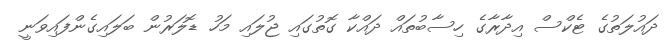
ދައުލަތުގެ ޓެކްސް އިދާރާގެ ހިސާބުތައް ދައްކާ ގޮތުގައި ޖުލައި މަހު ޑޮލަރުން ބަލައިގެންފައިވަނީ